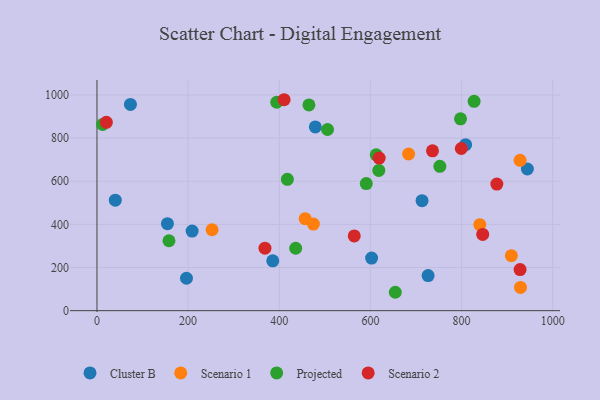
{"axis": {"x": "Study Hours", "y": "Profit"}, "legend": ["Cluster B", "Projected", "Scenario 1", "Scenario 2"], "data": [{"x": "479.1", "y": 851.4, "type": "Cluster B"}, {"x": "944.4", "y": 656.6, "type": "Cluster B"}, {"x": "385.7", "y": 230.8, "type": "Cluster B"}, {"x": "40.2", "y": 512.3, "type": "Cluster B"}, {"x": "208.8", "y": 368.7, "type": "Cluster B"}, {"x": "713.3", "y": 510.0, "type": "Cluster B"}, {"x": "196.4", "y": 150.1, "type": "Cluster B"}, {"x": "808.9", "y": 769.2, "type": "Cluster B"}, {"x": "73.4", "y": 955.7, "type": "Cluster B"}, {"x": "602.6", "y": 243.7, "type": "Cluster B"}, {"x": "726.6", "y": 162.4, "type": "Cluster B"}, {"x": "154.6", "y": 403.2, "type": "Cluster B"}, {"x": "840.0", "y": 398.4, "type": "Scenario 1"}, {"x": "909.2", "y": 255.0, "type": "Scenario 1"}, {"x": "474.9", "y": 401.2, "type": "Scenario 1"}, {"x": "929.3", "y": 107.8, "type": "Scenario 1"}, {"x": "683.8", "y": 726.2, "type": "Scenario 1"}, {"x": "456.8", "y": 426.2, "type": "Scenario 1"}, {"x": "252.6", "y": 375.1, "type": "Scenario 1"}, {"x": "928.4", "y": 696.7, "type": "Scenario 1"}, {"x": "417.8", "y": 608.9, "type": "Projected"}, {"x": "654.6", "y": 85.2, "type": "Projected"}, {"x": "590.9", "y": 589.2, "type": "Projected"}, {"x": "12.4", "y": 863.0, "type": "Projected"}, {"x": "505.9", "y": 839.8, "type": "Projected"}, {"x": "465.1", "y": 953.6, "type": "Projected"}, {"x": "618.4", "y": 650.1, "type": "Projected"}, {"x": "158.0", "y": 324.1, "type": "Projected"}, {"x": "827.5", "y": 970.5, "type": "Projected"}, {"x": "612.7", "y": 722.5, "type": "Projected"}, {"x": "394.4", "y": 966.0, "type": "Projected"}, {"x": "436.0", "y": 289.2, "type": "Projected"}, {"x": "797.7", "y": 889.2, "type": "Projected"}, {"x": "752.3", "y": 668.9, "type": "Projected"}, {"x": "564.5", "y": 346.5, "type": "Scenario 2"}, {"x": "20.6", "y": 873.0, "type": "Scenario 2"}, {"x": "799.4", "y": 751.6, "type": "Scenario 2"}, {"x": "877.4", "y": 586.6, "type": "Scenario 2"}, {"x": "736.2", "y": 741.0, "type": "Scenario 2"}, {"x": "368.6", "y": 289.5, "type": "Scenario 2"}, {"x": "846.4", "y": 353.5, "type": "Scenario 2"}, {"x": "928.4", "y": 190.6, "type": "Scenario 2"}, {"x": "619.2", "y": 707.4, "type": "Scenario 2"}, {"x": "410.6", "y": 977.7, "type": "Scenario 2"}]}